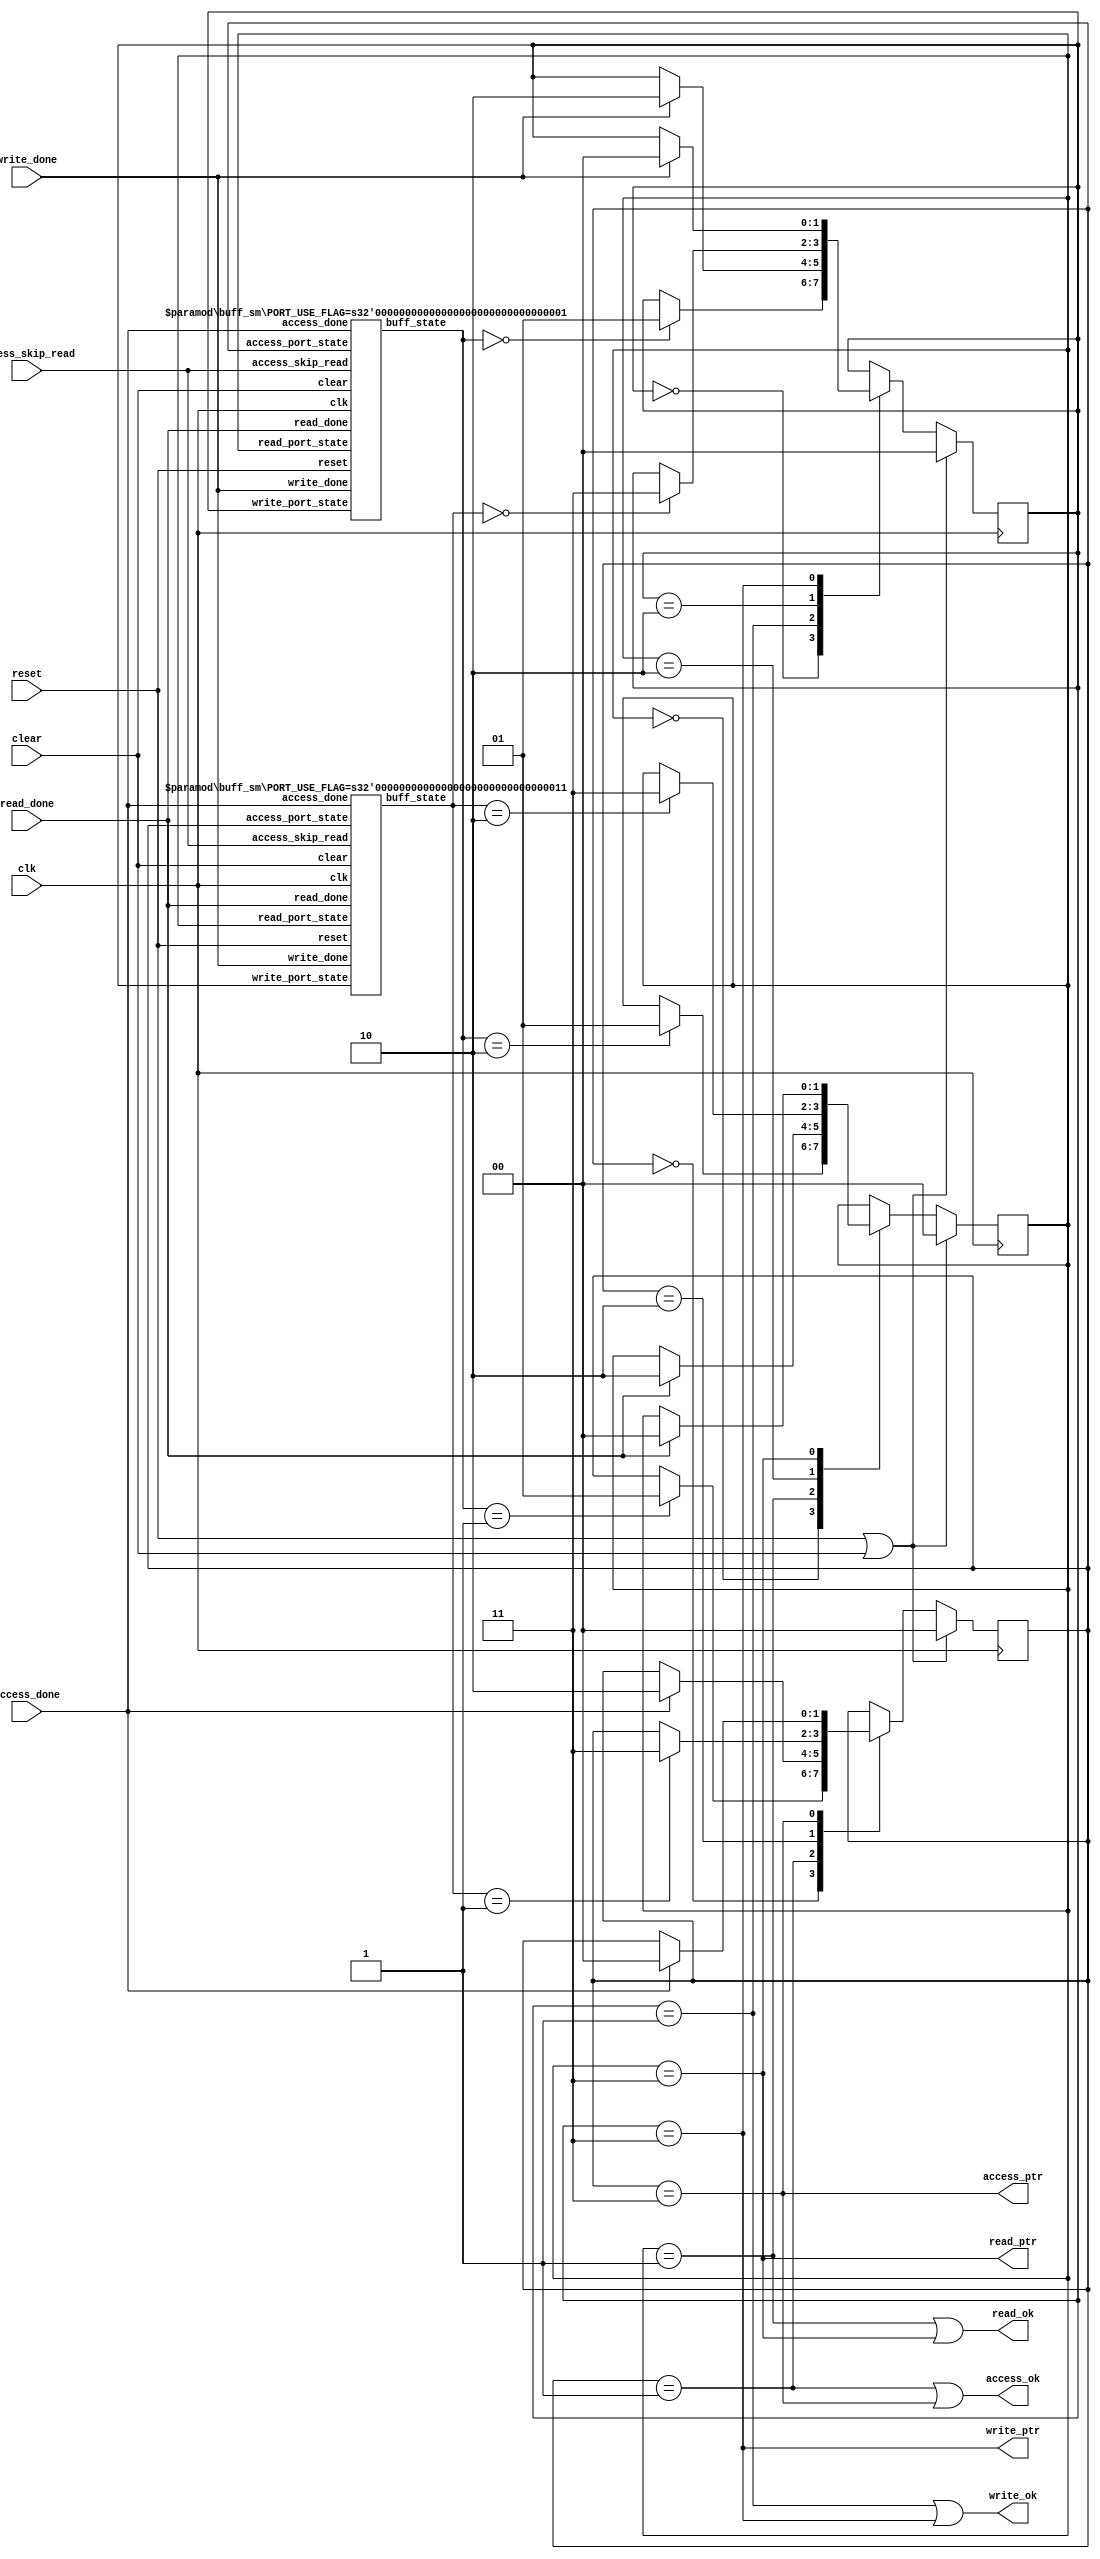
//
// Copyright 2011 Ettus Research LLC
//
// This program is free software: you can redistribute it and/or modify
// it under the terms of the GNU General Public License as published by
// the Free Software Foundation, either version 3 of the License, or
// (at your option) any later version.
//
// This program is distributed in the hope that it will be useful,
// but WITHOUT ANY WARRANTY; without even the implied warranty of
// MERCHANTABILITY or FITNESS FOR A PARTICULAR PURPOSE.  See the
// GNU General Public License for more details.
//
// You should have received a copy of the GNU General Public License
// along with this program.  If not, see <http://www.gnu.org/licenses/>.
//

module dbsm
  (input clk,
   input reset,
   input clear,
   
   output write_ok,
   output write_ptr,
   input write_done,

   output read_ok,
   output read_ptr,
   input read_done,

   output access_ok,
   output access_ptr,
   input access_done,
   input access_skip_read
   );

   localparam PORT_WAIT_0 = 0;
   localparam PORT_USE_0 = 1;
   localparam PORT_WAIT_1 = 2;
   localparam PORT_USE_1 = 3;

   reg [1:0] write_port_state, access_port_state, read_port_state;

   localparam BUFF_WRITABLE = 0;
   localparam BUFF_ACCESSIBLE = 1;
   localparam BUFF_READABLE = 2;
   localparam BUFF_ERROR = 3;

   wire [1:0] buff_state[0:1];
   
   always @(posedge clk)
     if(reset | clear)
       write_port_state <= PORT_WAIT_0;
     else
       case(write_port_state)
	 PORT_WAIT_0 :
	   if(buff_state[0]==BUFF_WRITABLE)
	     write_port_state <= PORT_USE_0;
	 PORT_USE_0 :
	   if(write_done)
	     write_port_state <= PORT_WAIT_1;
	 PORT_WAIT_1 :
	   if(buff_state[1]==BUFF_WRITABLE)
	     write_port_state <= PORT_USE_1;
	 PORT_USE_1 :
	   if(write_done)
	     write_port_state <= PORT_WAIT_0;
       endcase // case (write_port_state)

   assign write_ok = (write_port_state == PORT_USE_0) | (write_port_state == PORT_USE_1);
   assign write_ptr = (write_port_state == PORT_USE_1);
   
   always @(posedge clk)
     if(reset | clear)
       access_port_state <= PORT_WAIT_0;
     else
       case(access_port_state)
	 PORT_WAIT_0 :
	   if(buff_state[0]==BUFF_ACCESSIBLE)
	     access_port_state <= PORT_USE_0;
	 PORT_USE_0 :
	   if(access_done)
	     access_port_state <= PORT_WAIT_1;
	 PORT_WAIT_1 :
	   if(buff_state[1]==BUFF_ACCESSIBLE)
	     access_port_state <= PORT_USE_1;
	 PORT_USE_1 :
	   if(access_done)
	     access_port_state <= PORT_WAIT_0;
       endcase // case (access_port_state)
   
   assign access_ok = (access_port_state == PORT_USE_0) | (access_port_state == PORT_USE_1);
   assign access_ptr = (access_port_state == PORT_USE_1);

   always @(posedge clk)
     if(reset | clear)
       read_port_state <= PORT_WAIT_0;
     else
       case(read_port_state)
	 PORT_WAIT_0 :
	   if(buff_state[0]==BUFF_READABLE)
	     read_port_state <= PORT_USE_0;
	 PORT_USE_0 :
	   if(read_done)
	     read_port_state <= PORT_WAIT_1;
	 PORT_WAIT_1 :
	   if(buff_state[1]==BUFF_READABLE)
	     read_port_state <= PORT_USE_1;
	 PORT_USE_1 :
	   if(read_done)
	     read_port_state <= PORT_WAIT_0;
       endcase // case (read_port_state)
   
   assign read_ok = (read_port_state == PORT_USE_0) | (read_port_state == PORT_USE_1);
   assign read_ptr = (read_port_state == PORT_USE_1);

   buff_sm #(.PORT_USE_FLAG(PORT_USE_0)) buff0_sm
     (.clk(clk), .reset(reset), .clear(clear),
      .write_done(write_done), .access_done(access_done), .access_skip_read(access_skip_read), .read_done(read_done),
      .write_port_state(write_port_state), .access_port_state(access_port_state), .read_port_state(read_port_state),
      .buff_state(buff_state[0]));
   
   buff_sm #(.PORT_USE_FLAG(PORT_USE_1)) buff1_sm
     (.clk(clk), .reset(reset), .clear(clear),
      .write_done(write_done), .access_done(access_done), .access_skip_read(access_skip_read), .read_done(read_done),
      .write_port_state(write_port_state), .access_port_state(access_port_state), .read_port_state(read_port_state),
      .buff_state(buff_state[1]));
   
endmodule // dbsm

module buff_sm
  #(parameter PORT_USE_FLAG=0)
   (input clk, input reset, input clear,
    input write_done, input access_done, input access_skip_read, input read_done,
    input [1:0] write_port_state, input [1:0] access_port_state, input [1:0] read_port_state,
    output reg [1:0] buff_state);
   
   localparam BUFF_WRITABLE = 0;
   localparam BUFF_ACCESSIBLE = 1;
   localparam BUFF_READABLE = 2;
   localparam BUFF_ERROR = 3;

   always @(posedge clk)
     if(reset | clear)
       buff_state <= BUFF_WRITABLE;
     else
       case(buff_state)
	 BUFF_WRITABLE :
	   if(write_done & (write_port_state == PORT_USE_FLAG))
	     buff_state <= BUFF_ACCESSIBLE;
	 BUFF_ACCESSIBLE :
	   if(access_done & (access_port_state == PORT_USE_FLAG))
	     if(access_skip_read)
	       buff_state <= BUFF_WRITABLE;
	     else
	       buff_state <= BUFF_READABLE;
	 BUFF_READABLE :
	   if(read_done & (read_port_state == PORT_USE_FLAG))
	     buff_state <= BUFF_WRITABLE;
	 BUFF_ERROR :
	   ;
       endcase
	 
endmodule // buff_sm